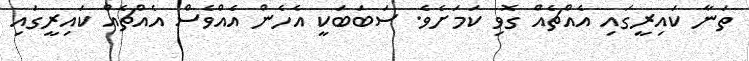
ތަނާ ކައިރީގައި އެއްޗެއް ގޮވި ކަމަށެވެ. ސަބަބަކީ އެހެން އެއްވެސް އެއްޗެއް ކައިރީގައި